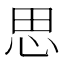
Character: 思